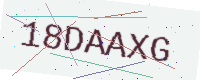
Text: 18DAAXG